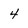
Character: 4